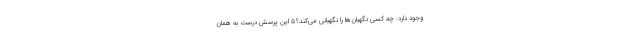
وجود دارد: چه کسی نگهبان‌ها را نگهبانی می‌کند؟۵ این پرسش درست به همان